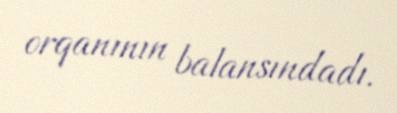
orqanının balansındadı.